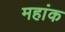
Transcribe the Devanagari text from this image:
महांक